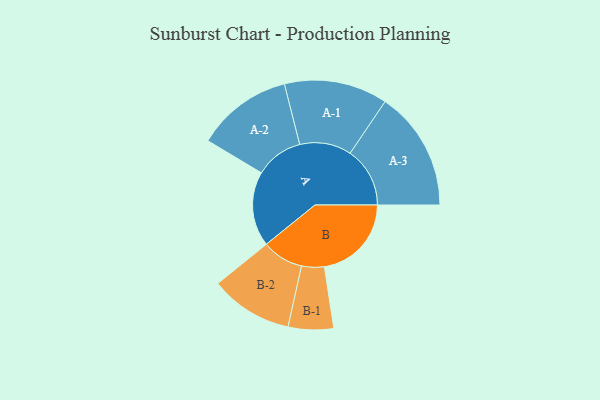
{"axis": {"x": "Segment", "y": "Value"}, "legend": ["", "A", "B"], "data": [{"x": "A", "y": 360, "type": ""}, {"x": "B", "y": 419, "type": ""}, {"x": "A-1", "y": 249, "type": "A"}, {"x": "A-2", "y": 231, "type": "A"}, {"x": "A-3", "y": 288, "type": "A"}, {"x": "B-1", "y": 109, "type": "B"}, {"x": "B-2", "y": 199, "type": "B"}]}